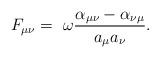
LaTeX: \begin{align*}F_{\mu \nu}= \ \omega \frac {\alpha_{\mu \nu}-\alpha_{\nu\mu}}{a_{\mu} a_{\nu}}.\end{align*}